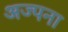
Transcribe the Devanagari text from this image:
अज्पना